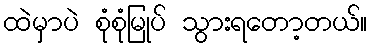
ထဲမှာပဲ စုံစုံမြုပ် သွားရတော့တယ်။